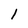
Character: 1